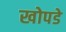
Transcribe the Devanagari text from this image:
खोपडे